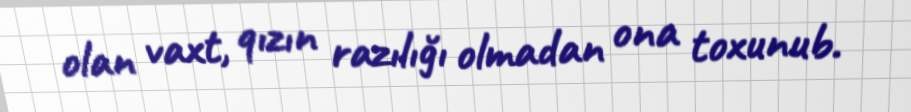
olan vaxt, qızın razılığı olmadan ona toxunub.